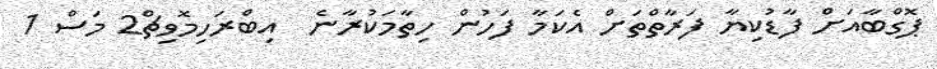
ޕޮގްބާއަށް ފާޑުކިޔާ ފަރާތްތަށް އެކަމާ ފަހުން ހިތާމަކުރާނެ  އިބްރަހިމޮވިޗް2 މަސް 1